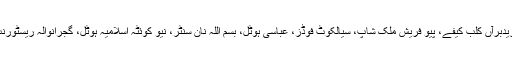
مزیدبرآں کلب کیفے، پیو فریش ملک شاپ، سیالکوٹ فوڈز، عباسی ہوٹل، بسم اللہ نان سنٹر، نیو کوئٹہ اسلامیہ ہوٹل، گجرانوالہ ریسٹورنٹ۔